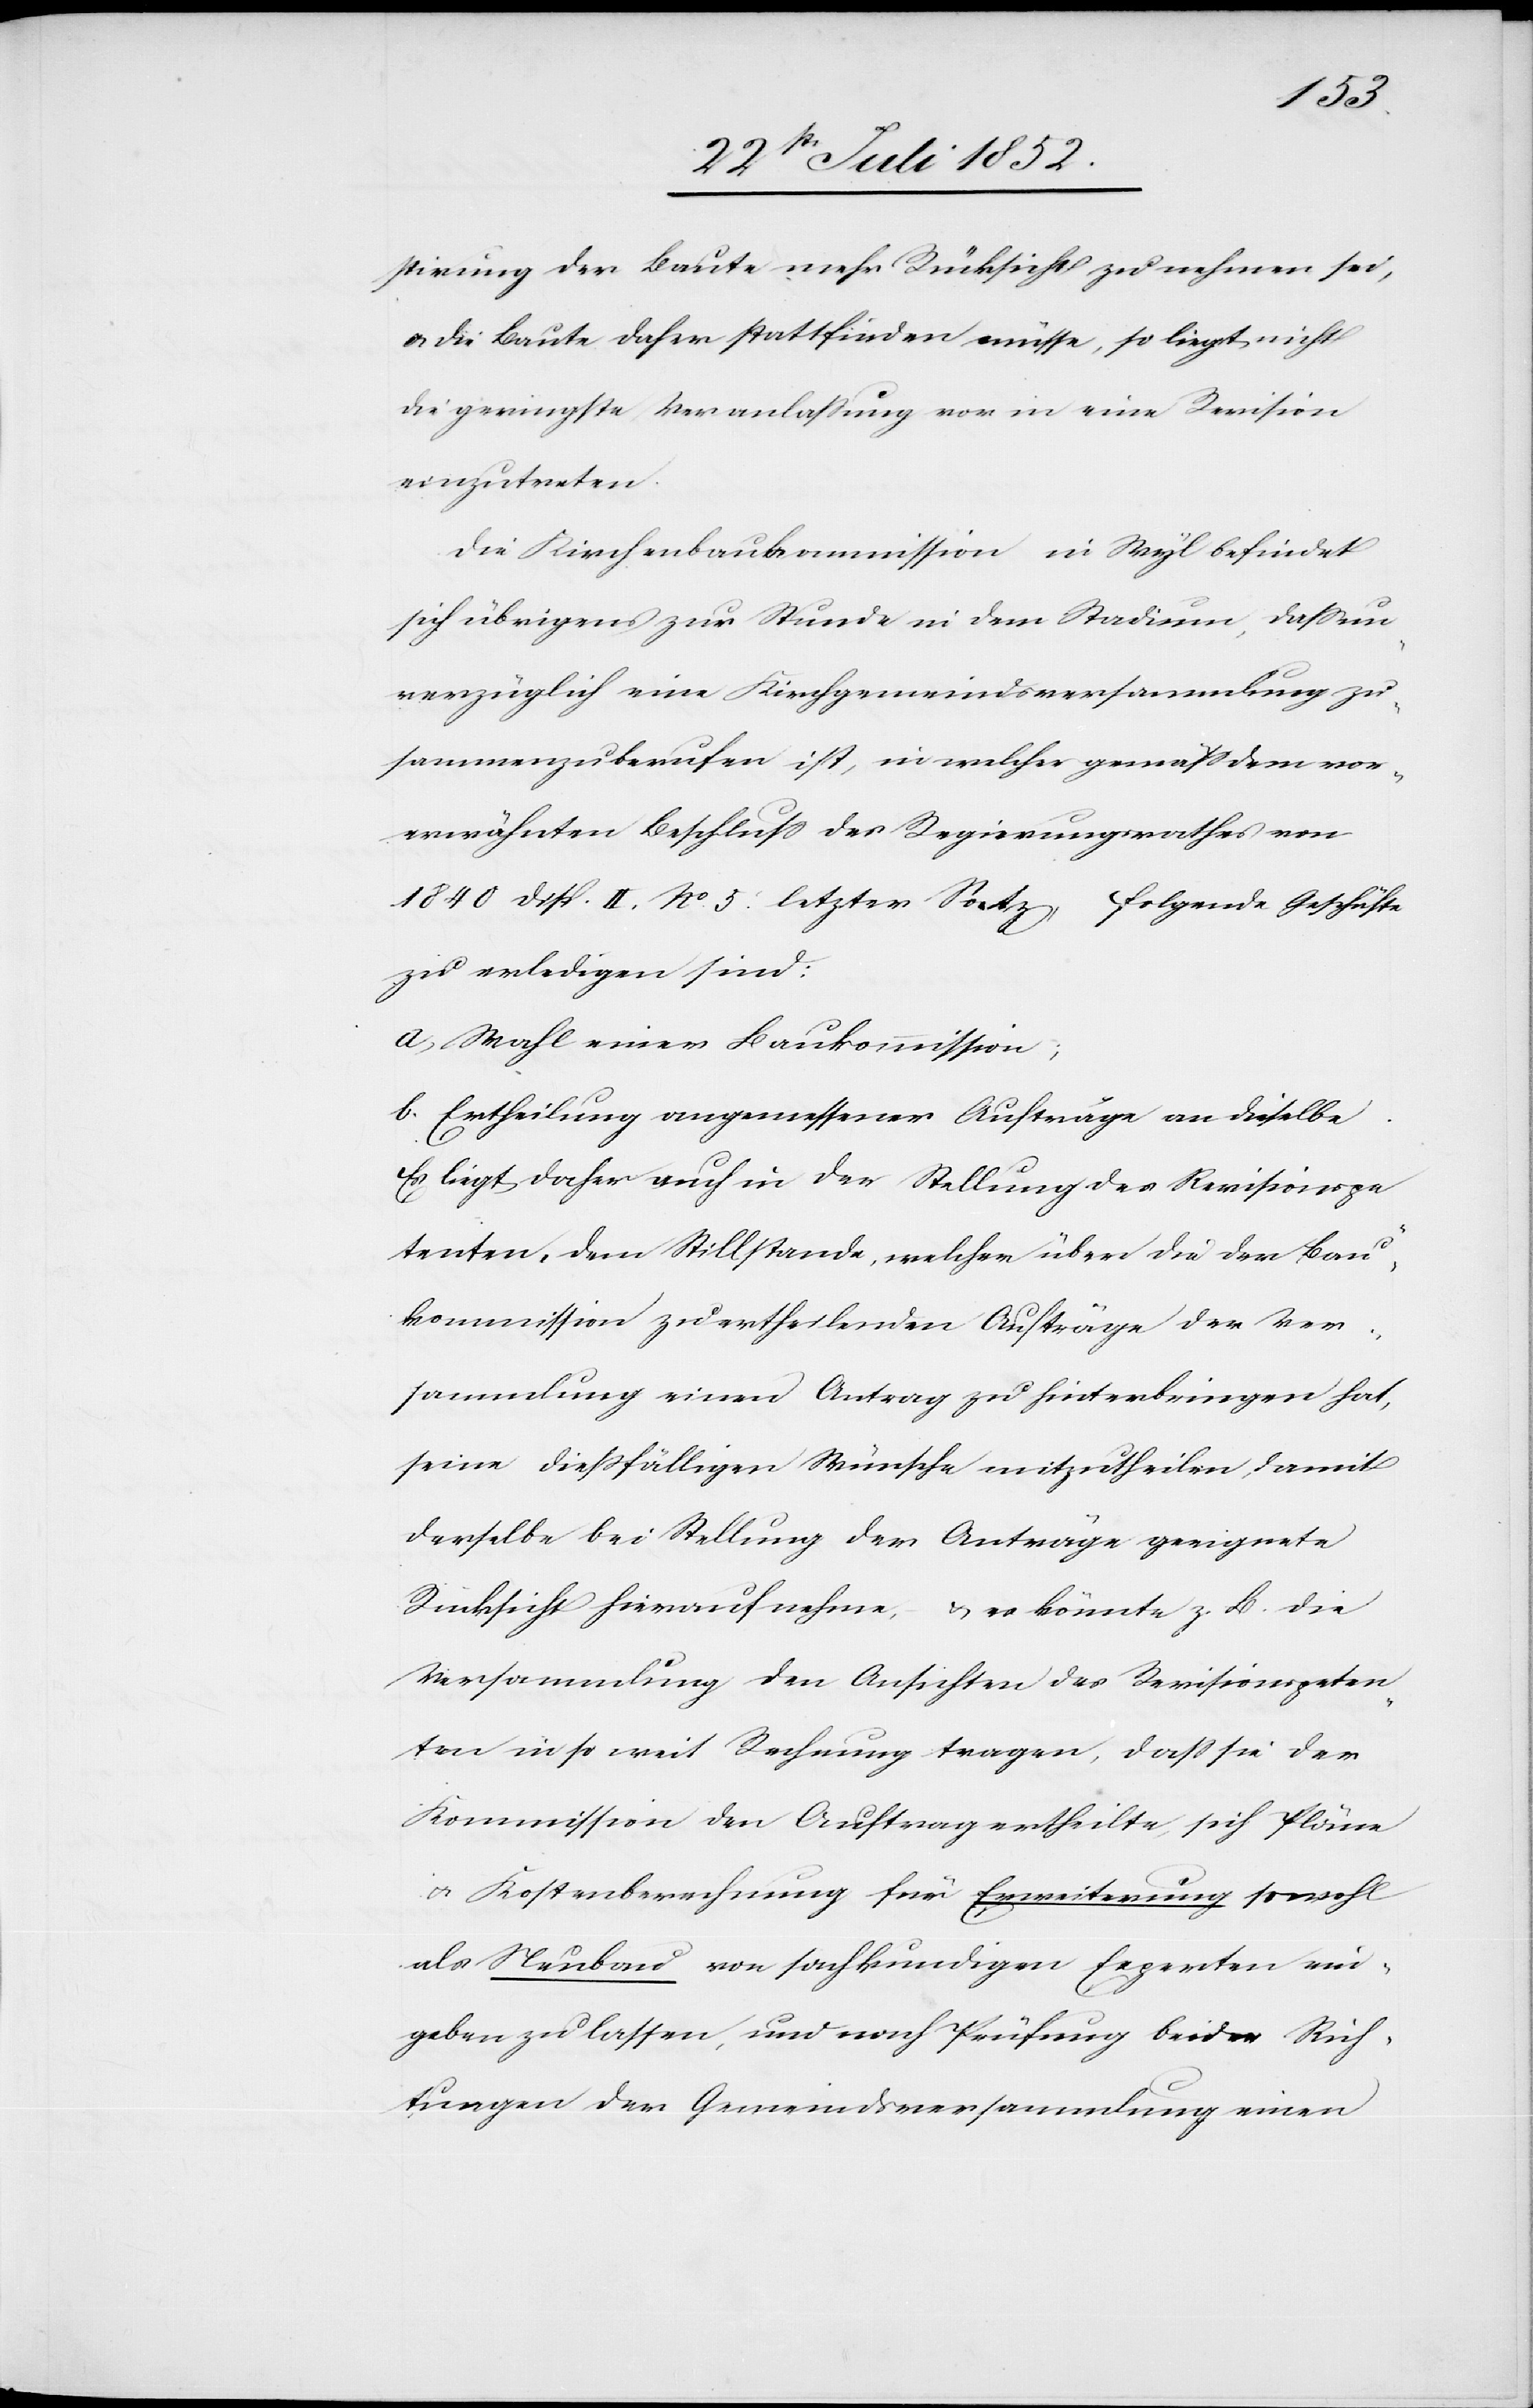
stirung der Baute mehr Rücksicht zu nehmen sei,
& die Baute daher stattfinden müsse, so liegt nicht
die geringste Veranlaßung vor in eine Revision
einzutreten.
Die Kirchenbaukommission in Wyl befindet
sich übrigens zur Stunde in dem Stadium, dass un¬
verzüglich eine Kirchgemeindsversammlung zu¬
sammenzuberufen ist, in welcher gemäss dem vor¬
erwähnten Beschluss des Regierungsrathes von
1840 Disp. II. No. 5. letzter Satz folgende Geschäfte
zu erledigen sind:
a, Wahl einer Baukommission;
b. Ertheilung angemessener Aufträge an dieselbe
Es liegt daher auch in der Stellung des Revisionspe¬
tenten, dem Stillstande, welcher über die der Bau¬
kommission zu ertheilenden Aufträge der Ver¬
sammlung einen Antrag zu hinterbringen hat,
seine diessfälligen Wünsche mitzutheilen, damit
derselbe bei Stellung der Anträge geeignete
Rücksicht hierauf nehme, & es könnte z. B. die
Versammlung den Ansichten des Revisionspeten¬
ten in so weit Rechnung tragen, dass sie der
Kommission den Auftrag ertheilte, sich Pläne
& Kostenberechnung für Erweiterung sowohl
als Neubau von sachkundigen Experten ein¬
geben zu lassen, und nach Prüfung beider Rich¬
tungen der Gemeindsversammlung einen